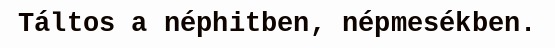
Táltos a néphitben, népmesékben.